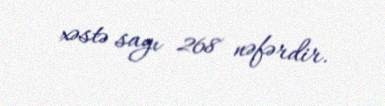
xəstə sayı 268 nəfərdir.